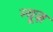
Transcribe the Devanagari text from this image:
न्‍यूज़